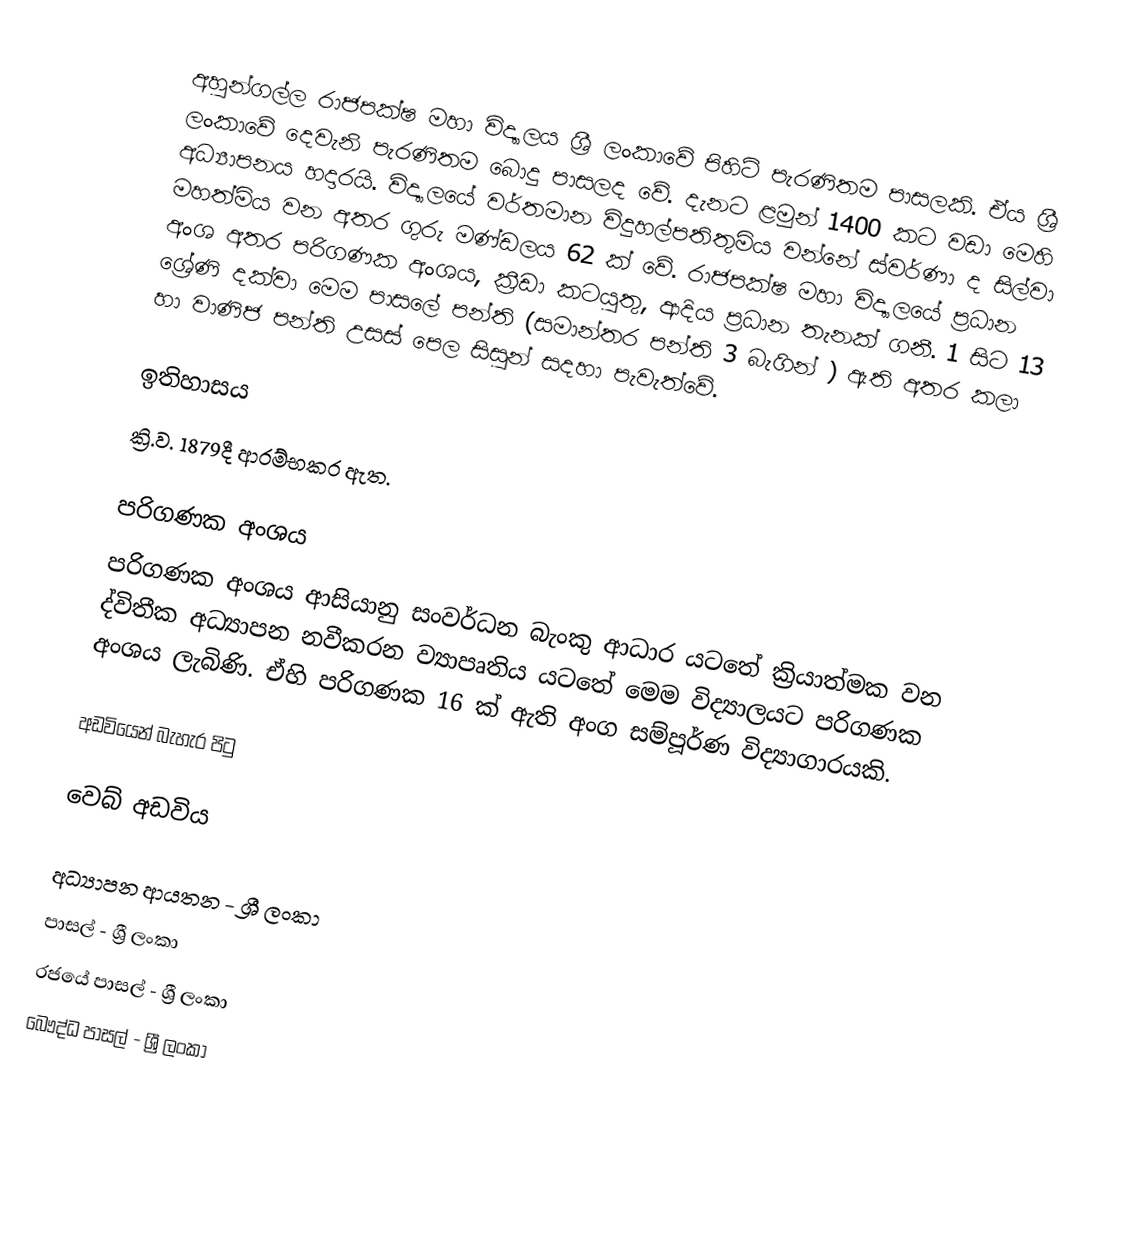
අහුන්ගල්ල රාජපක්ෂ මහා විද්‍යාලය ශ්‍රී ලංකාවේ පිහිටි පැරණිතම පාසලකි. ඒය ශ්‍රී ලංකාවේ දෙවැනි පැරණිතම බොදු පාසලද වේ. දැනට ළමුන් 1400 කට වඩා මෙහි අධ්‍යාපනය හදාරයි. විද්‍යාලයේ වර්තමාන විදුහල්පතිතුමිය වන්නේ ස්වර්ණා ද සිල්වා මහත්මිය වන අතර ගුරු මණ්ඩලය 62 ක් වේ. රාජපක්ෂ මහා විද්‍යාලයේ ප්‍රධාන අංශ අතර පරිගණක අංශය, ක්‍රීඩා කටයුතු, ආදිය ප්‍රධාන තැනක් ගනී. 1 සිට 13 ශ්‍රේණි දක්වා මෙම පාසලේ පන්ති (සමාන්තර පන්ති 3 බැගින් ) ඇති අතර කලා හා වාණිජ පන්ති උසස් පෙල සිසුන් සදහා පැවැත්වේ.

ඉතිහාසය
ක්‍රි.ව. 1879දී ආරම්භකර ඇත.

පරිගණක අංශය
පරිගණක අංශය ආසියානු සංවර්ධන බැංකු ආධාර යටතේ ක්‍රියාත්මක වන ද්විතීක අධ්‍යාපන නවීකරන ව්‍යාපෘතිය යටතේ මෙම විද්‍යාලයට පරිගණක අංශය ලැබිණි. ඒහි පරිගණක 16 ක් ඇති අංග සම්පූර්ණ විද්‍යාගාරයකි.

අඩවියෙන් බැහැර පිටු

වෙබ් අඩවිය

අධ්‍යාපන ආයතන - ශ්‍රී ලංකා
පාසල් - ශ්‍රී ලංකා
රජයේ පාසල් - ශ්‍රී ලංකා
බෞද්ධ පාසල් - ශ්‍රී ලංකා